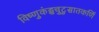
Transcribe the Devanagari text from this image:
विष्णुकंड्डचुटुसातकर्णि